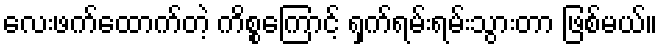
လေးဖက်ထောက်တဲ့ ကိစ္စကြောင့် ရှက်ရမ်းရမ်းသွားတာ ဖြစ်မယ်။